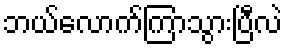
ဘယ်လောက်ကြာသွားပြီလဲ